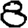
Digit: 8